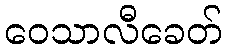
ဝေသာလီခေတ်